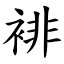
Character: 裶